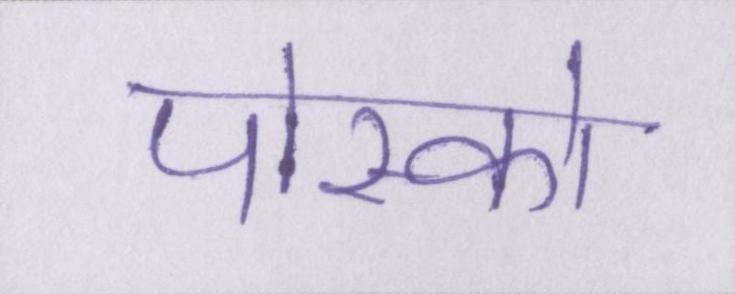
पोस्को